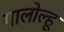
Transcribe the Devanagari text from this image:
गालोल्हू